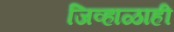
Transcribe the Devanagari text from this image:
जिव्हाळाही